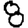
Digit: 8